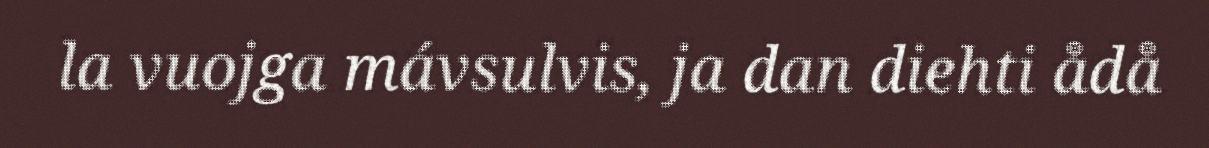
la vuojga mávsulvis, ja dan diehti ådå